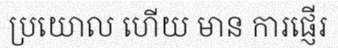
ប្រយោល ហើយ មាន ការផ្ញើរ